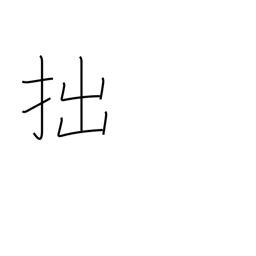
Meaning: unskillful